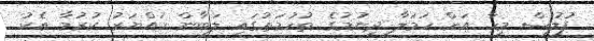
ފުލުސް މީހާ އަށް ހަމަލާ ދިނުމުގެ ތުހުމަތުގައި ލަބާން ހައްޔަރު ކުރުމާ އެކު